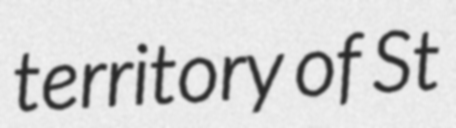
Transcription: territory of St